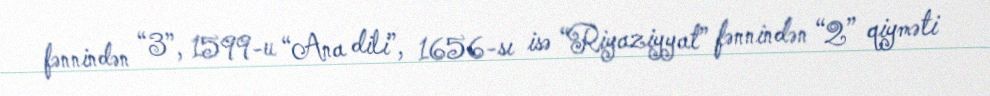
fənnindən “3”, 1599-u “Ana dili”, 1656-sı isə “Riyaziyyat” fənnindən “2” qiyməti